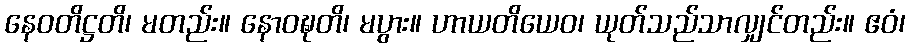
နေဝတိဋ္ဌတိ၊ မတည်း။ နောဝဍ္ဎတိ၊ မပွား။ ဟာယတိယေဝ၊ ယုတ်သည်သာလျှင်တည်း။ ဧဝံ၊